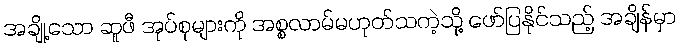
အချို့သော ဆူဖီ အုပ်စုများကို အစ္စလာမ်မဟုတ်သကဲ့သို့ ဖော်ပြနိုင်သည့် အချိန်မှာ